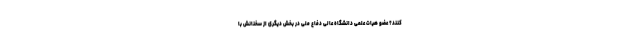
کنند؟ عضو هیات علمی دانشگاه عالی دفاع ملی در بخش دیگری از سخنانش با